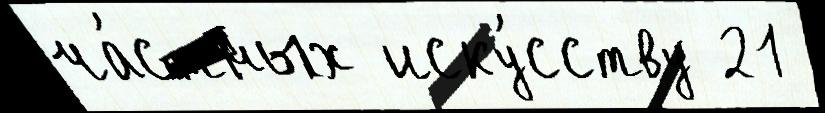
ча́стных иску́сству 21